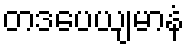
တဒပေယျမာနံ